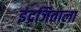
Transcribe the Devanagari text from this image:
इंद्रजिताला